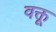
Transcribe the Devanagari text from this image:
वक्तू